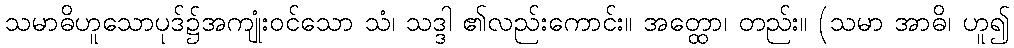
သမာဓိဟူသောပုဒ်၌အကျုံးဝင်သော သံ၊ သဒ္ဒါ ၏လည်းကောင်း။ အတ္ထော၊ တည်း။ (သမာ အာဓိ၊ ဟူ၍